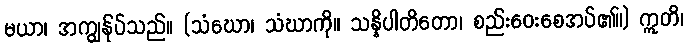
မယာ၊ အကျွန်ုပ်သည်။ (သံဃော၊ သံဃာကို။ သန္နိပါတိတော၊ စည်းဝေးစေအပ်၏။) ဣတိ၊